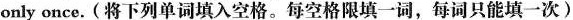
only once.(将下列单词填入空格.每空格限填一词,每词只能填一次)